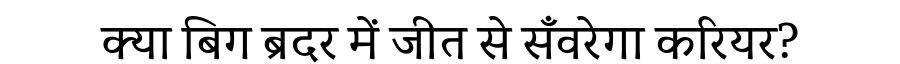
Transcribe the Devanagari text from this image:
क्या बिग ब्रदर में जीत से सँवरेगा करियर?